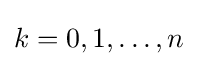
k=0,1,\ldots ,n